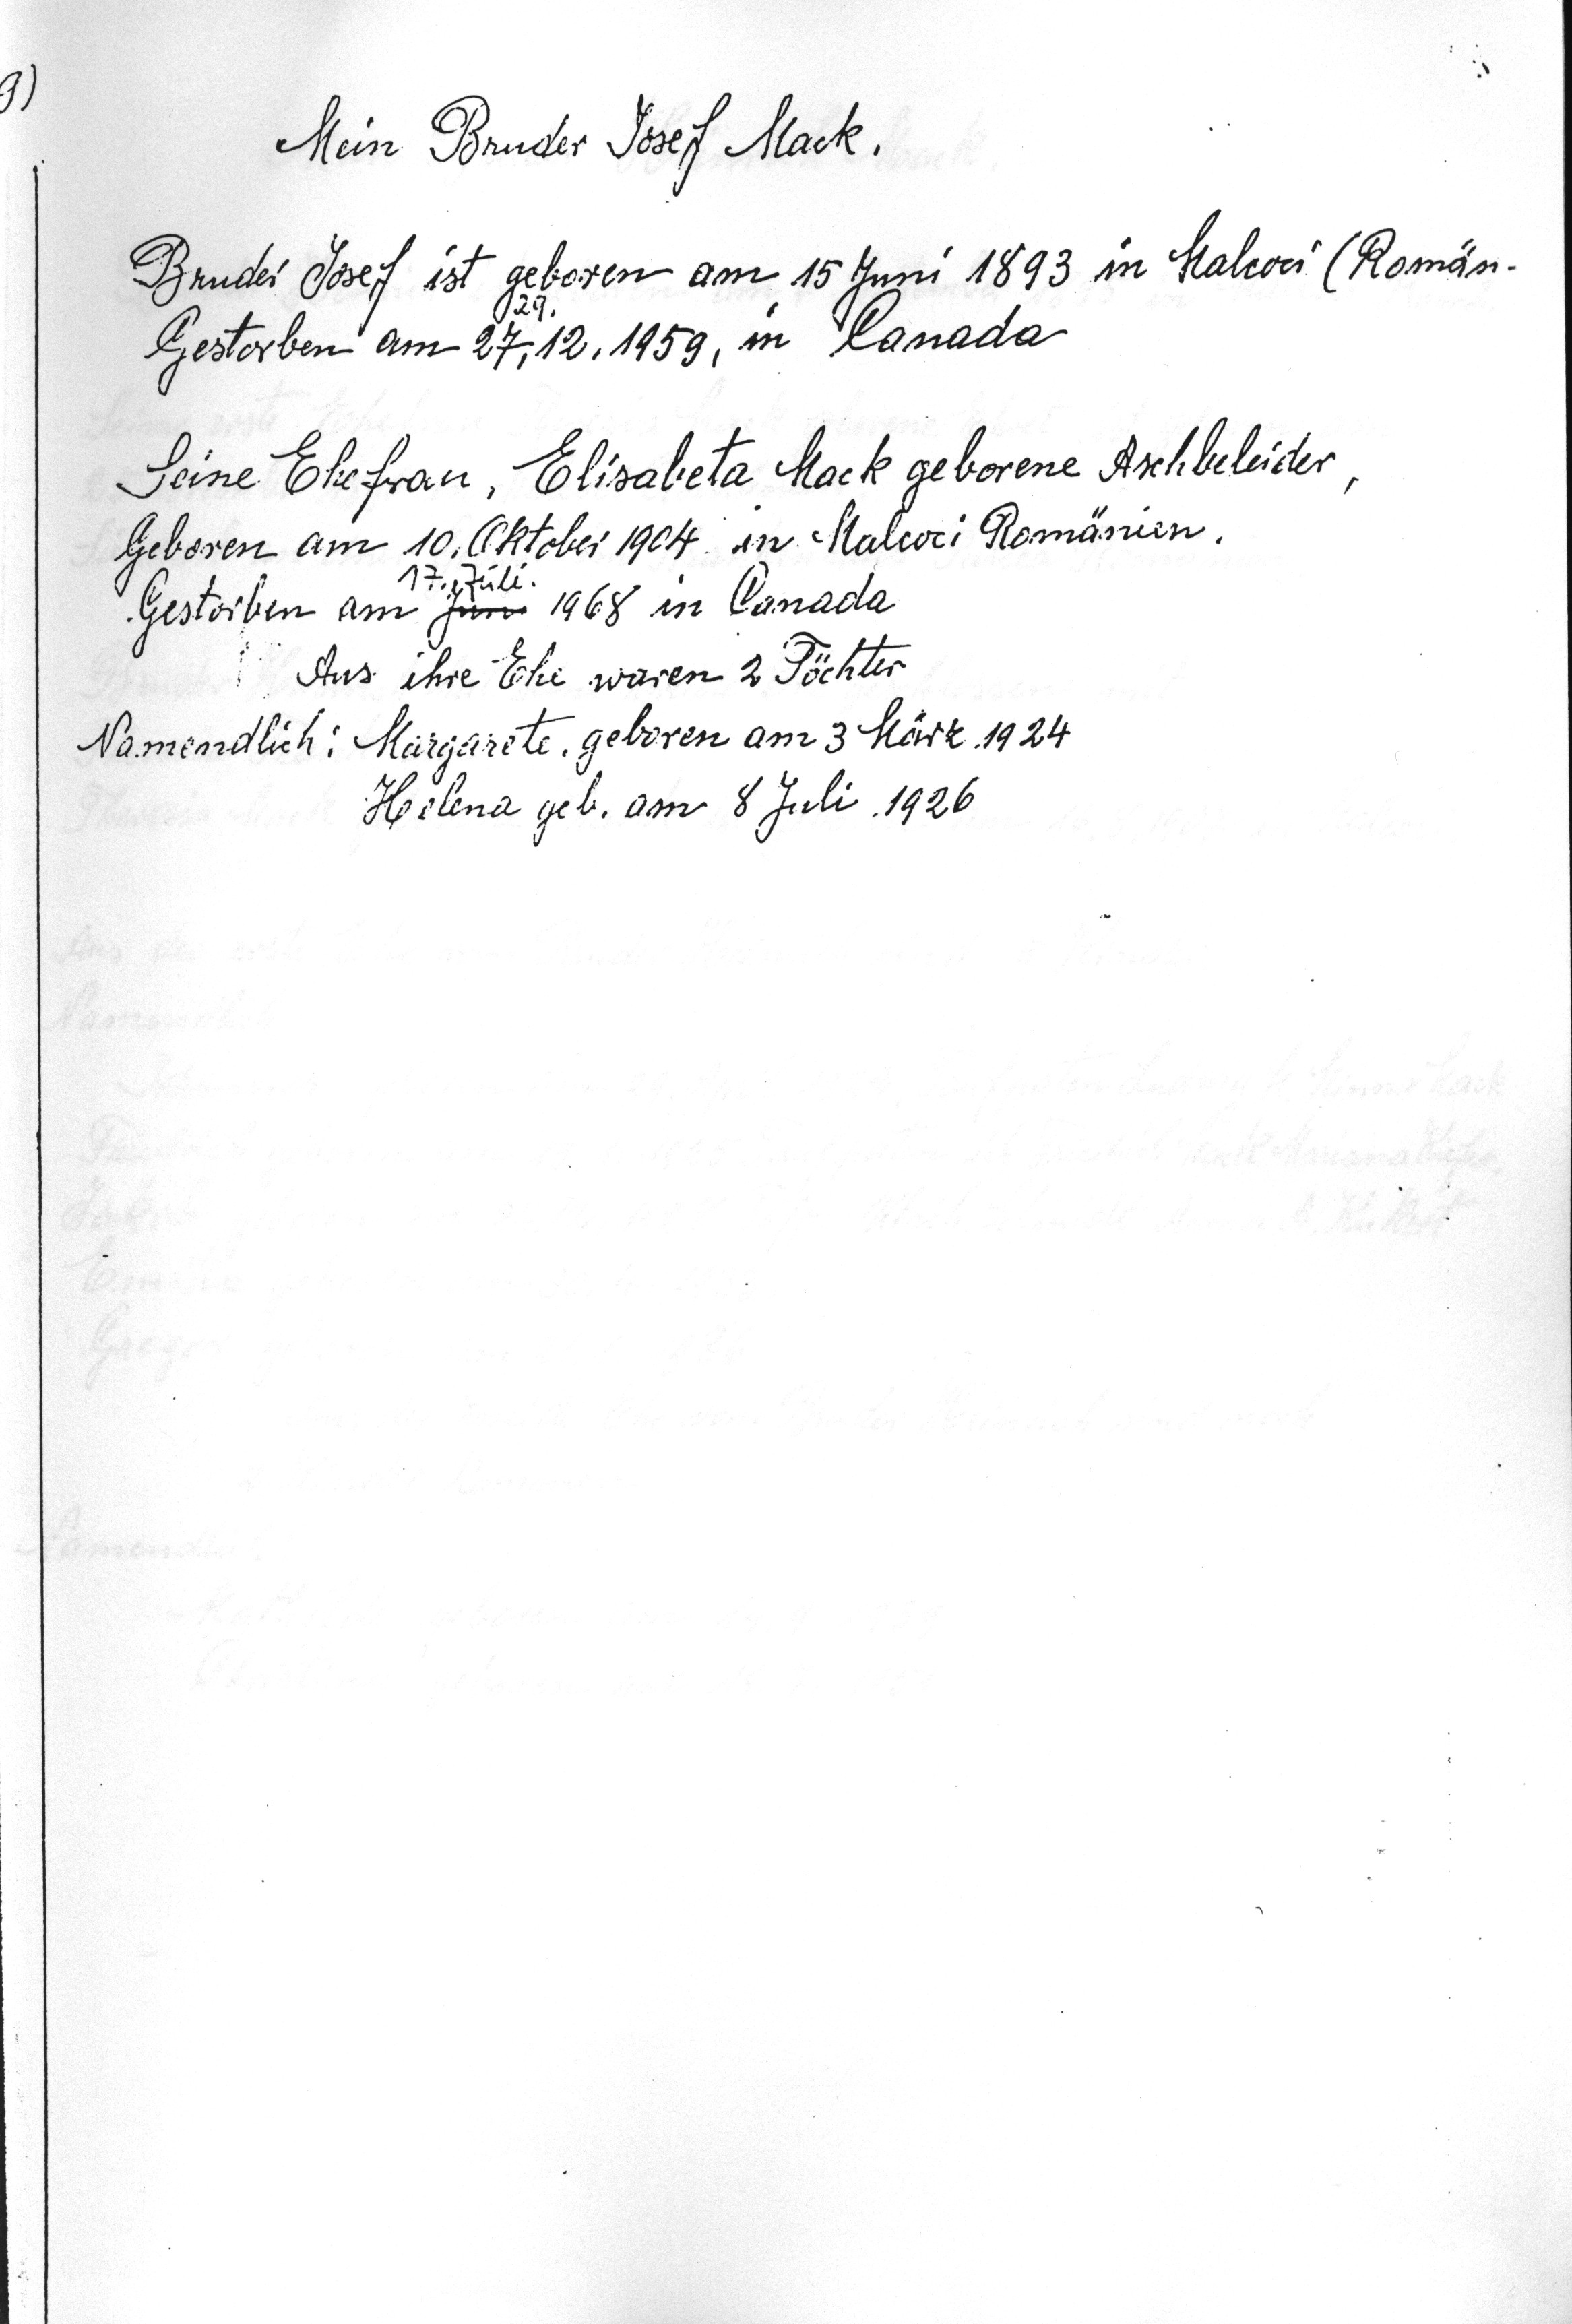
Mein Bruder Josef Mack
Bruder Josef ist geboren am 15 Juni 1893 in Malcoci (Romän.
Gestorben am 27.12.1959 in Canada
Seine Ehefrau, Elisabeta Mack geborene Aschbeleider
Geboren am 10. Oktober 1904 in Malcoci Romänien
17. Juli
Gestorben am Juni 1968 in Canada
Aus ihre Ehe waren 2 Töchter
Namendlich: Margartete, geboren am 3 März 1924
Helena geb. am 8 Juli 1926